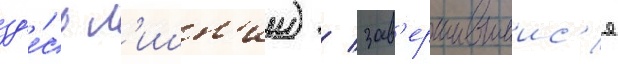
зд'е́сь л'ишн'ии) / зав'ершившиис'я